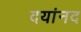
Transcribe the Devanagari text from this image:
दयांनद